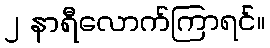
၂ နာရီလောက်ကြာရင်။